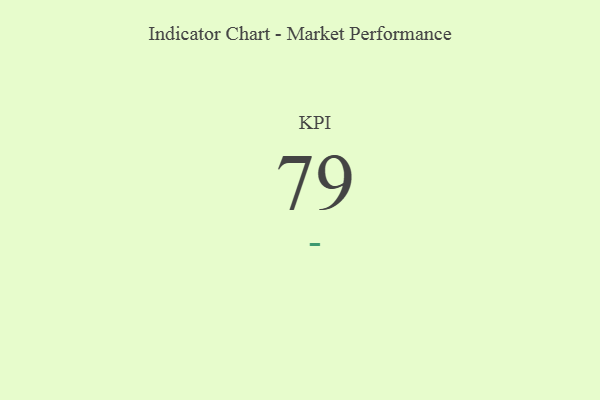
{"axis": {"x": "KPI", "y": "Value"}, "legend": [""], "data": [{"x": "KPI", "y": 79, "type": ""}]}